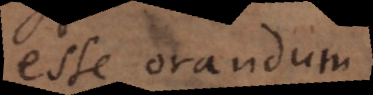
esse orandum,